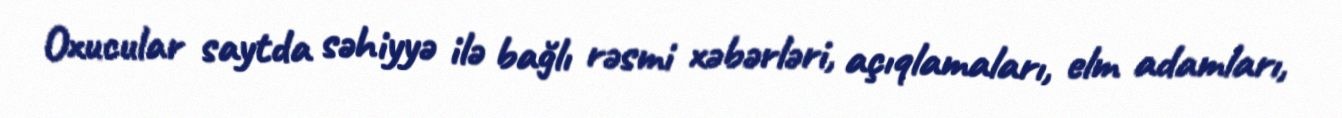
Oxucular saytda səhiyyə ilə bağlı rəsmi xəbərləri, açıqlamaları, elm adamları,